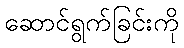
ဆောင်ရွက်ခြင်းကို